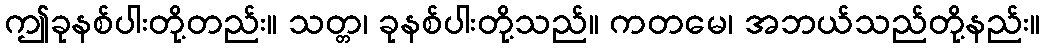
ဤခုနစ်ပါးတို့တည်း။ သတ္တ၊ ခုနစ်ပါးတို့သည်။ ကတမေ၊ အဘယ်သည်တို့နည်း။